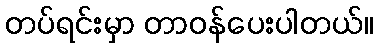
တပ်ရင်းမှာ တာဝန်ပေးပါတယ်။